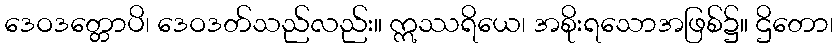
ဒေဝဒတ္တောပိ၊ ဒေဝဒတ်သည်လည်း။ ဣဿရိယေ၊ အစိုးရသောအဖြစ်၌။ ဌိတော၊